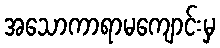
အသောကာရာမကျောင်းမှ